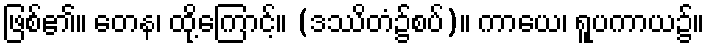
ဖြစ်၏။ တေန၊ ထို့ကြောင့်။ (ဒဿိတံ၌စပ်)။ ကာယေ၊ ရူပကာယ၌။